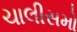
ચાલીસમો